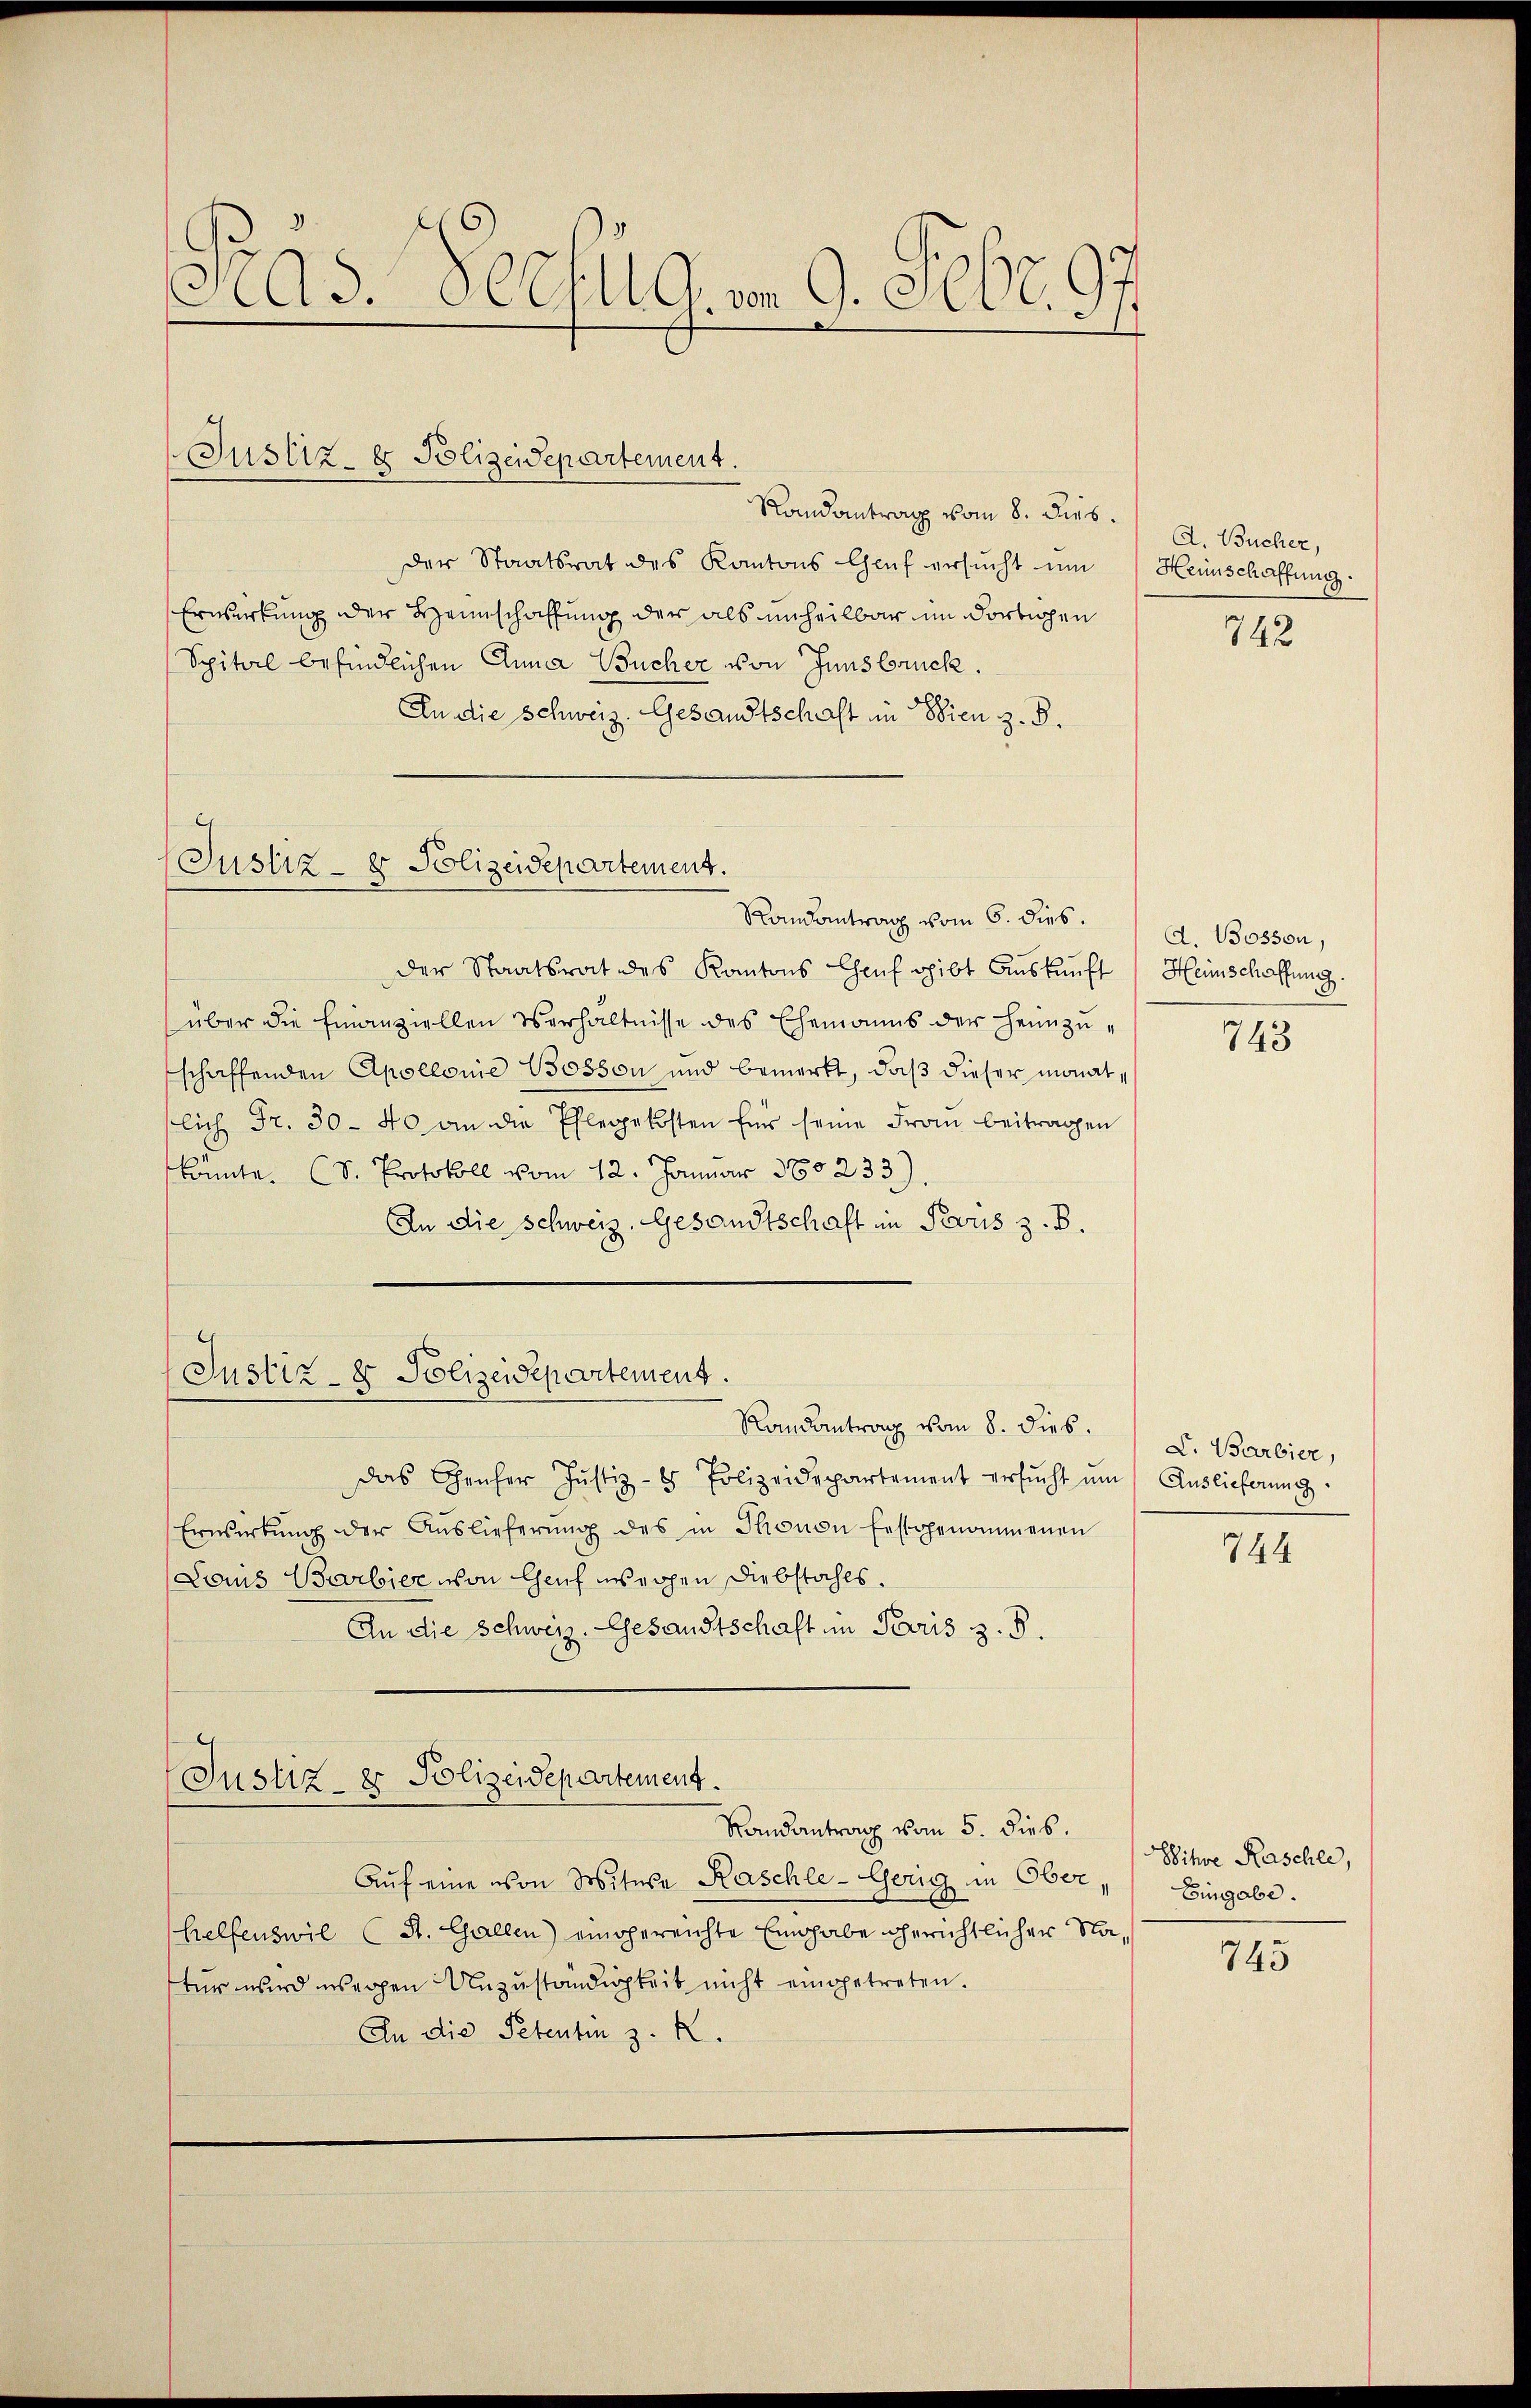
Ad. OCEllg. von 9. Febr. 97

Justiz- & Polizeidepartement.

Randantrag vom 8. Dieb.
der Staatsrat des Kantons Genf ersucht um
Erwirkung der Heimschaffung der als unheilbar im dortigen
Spital befindlichen Anna Bucher von Innsbruck.
An die Schweiz. Gesandtschaft in Wien z. B.

Justiz- & Polizeidepartement.
Randantrag vom 6. dies.

Randantrag vom 5. dies.

der Staatsrat des Kantons Chauf gibt Auskunft Heinschaffung.
über die Finanziellen Verhältnisse des Ehemanns der Heimzuschaffenden Apollonie Bosson und bemerkt, daß dieser monatflich Fr. 30-40 an die Pflegekosten für seine Frau beitragen
könnte. (S. Protokoll vom 12. Januar 180233)
An die Schweiz. Gesandtschaft in Parus z. B.
Justiz- & Polizeidepartement.
Randantrag vom 8. dies.
das Genfer Justiz- & Polizeidepartement ersŭcht ŭm Auslieferung
Erwirkŭng der Auslieferŭng des in Thonon festgenommenen
Louis Barbier von Chef weihen Diebstahls.
An die Schweiz. Gesandtschaft im Paris z. B.
Justiz- & Polizeidepartement.

A. Bucher,
Heinschaffung.

Aŭf eine von Witwe Kaschle-Gerig in Ober,
helfenswil (St. Gallen) eingereichte Eingabe gerichtlicher Nafür wird wegen Unzuständigkeit nicht eingetreten.
An die Petenten z. K.

742

d. Bosson,
743

L. Barbier,

744

Witwe Raschle,
Eingabe.

745